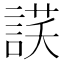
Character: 𧨶